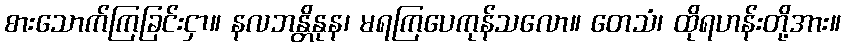
စားသောက်ကြခြင်းငှာ။ နလဘန္တိနုန၊ မရကြပေကုန်သလော။ တေသံ၊ ထိုရဟန်းတို့အား။